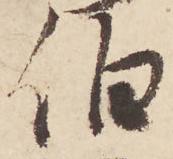
伯